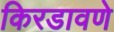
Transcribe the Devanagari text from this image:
किरडावणे